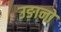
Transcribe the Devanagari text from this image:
उङानों